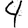
Digit: 4